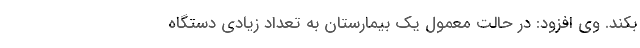
بکند. وی افزود: در حالت معمول یک بیمارستان به تعداد زیادی دستگاه